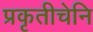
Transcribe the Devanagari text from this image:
प्रकृतीचेनि